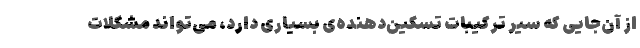
از آن‌جایی که سیر ترکیبات تسکین‌دهنده‌ی بسیاری دارد، می‌تواند مشکلات